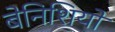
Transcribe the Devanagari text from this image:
बेनिशियो